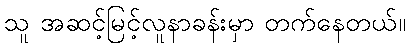
သူ အဆင့်မြင့်လူနာခန်းမှာ တက်နေတယ်။